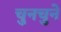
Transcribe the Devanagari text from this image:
चुनचुने